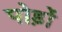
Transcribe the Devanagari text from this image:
पोड़ों